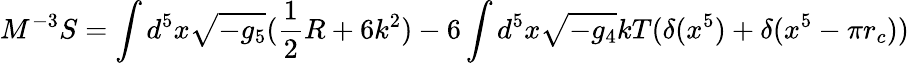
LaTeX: M^{-3}S=\int d^{5}x\sqrt{-g_{5}}(\frac{1}{2}R+6k^{2})-6\int d^{5}x\sqrt{-g_{4}}kT(\delta(x^{5})+\delta(x^{5}-\pi r_{c}))